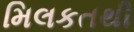
મિલકતથી